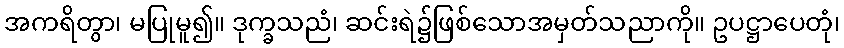
အကရိတွာ၊ မပြုမူ၍။ ဒုက္ခသညံ၊ ဆင်းရဲ၌ဖြစ်သောအမှတ်သညာကို။ ဥပဋ္ဌာပေတုံ၊